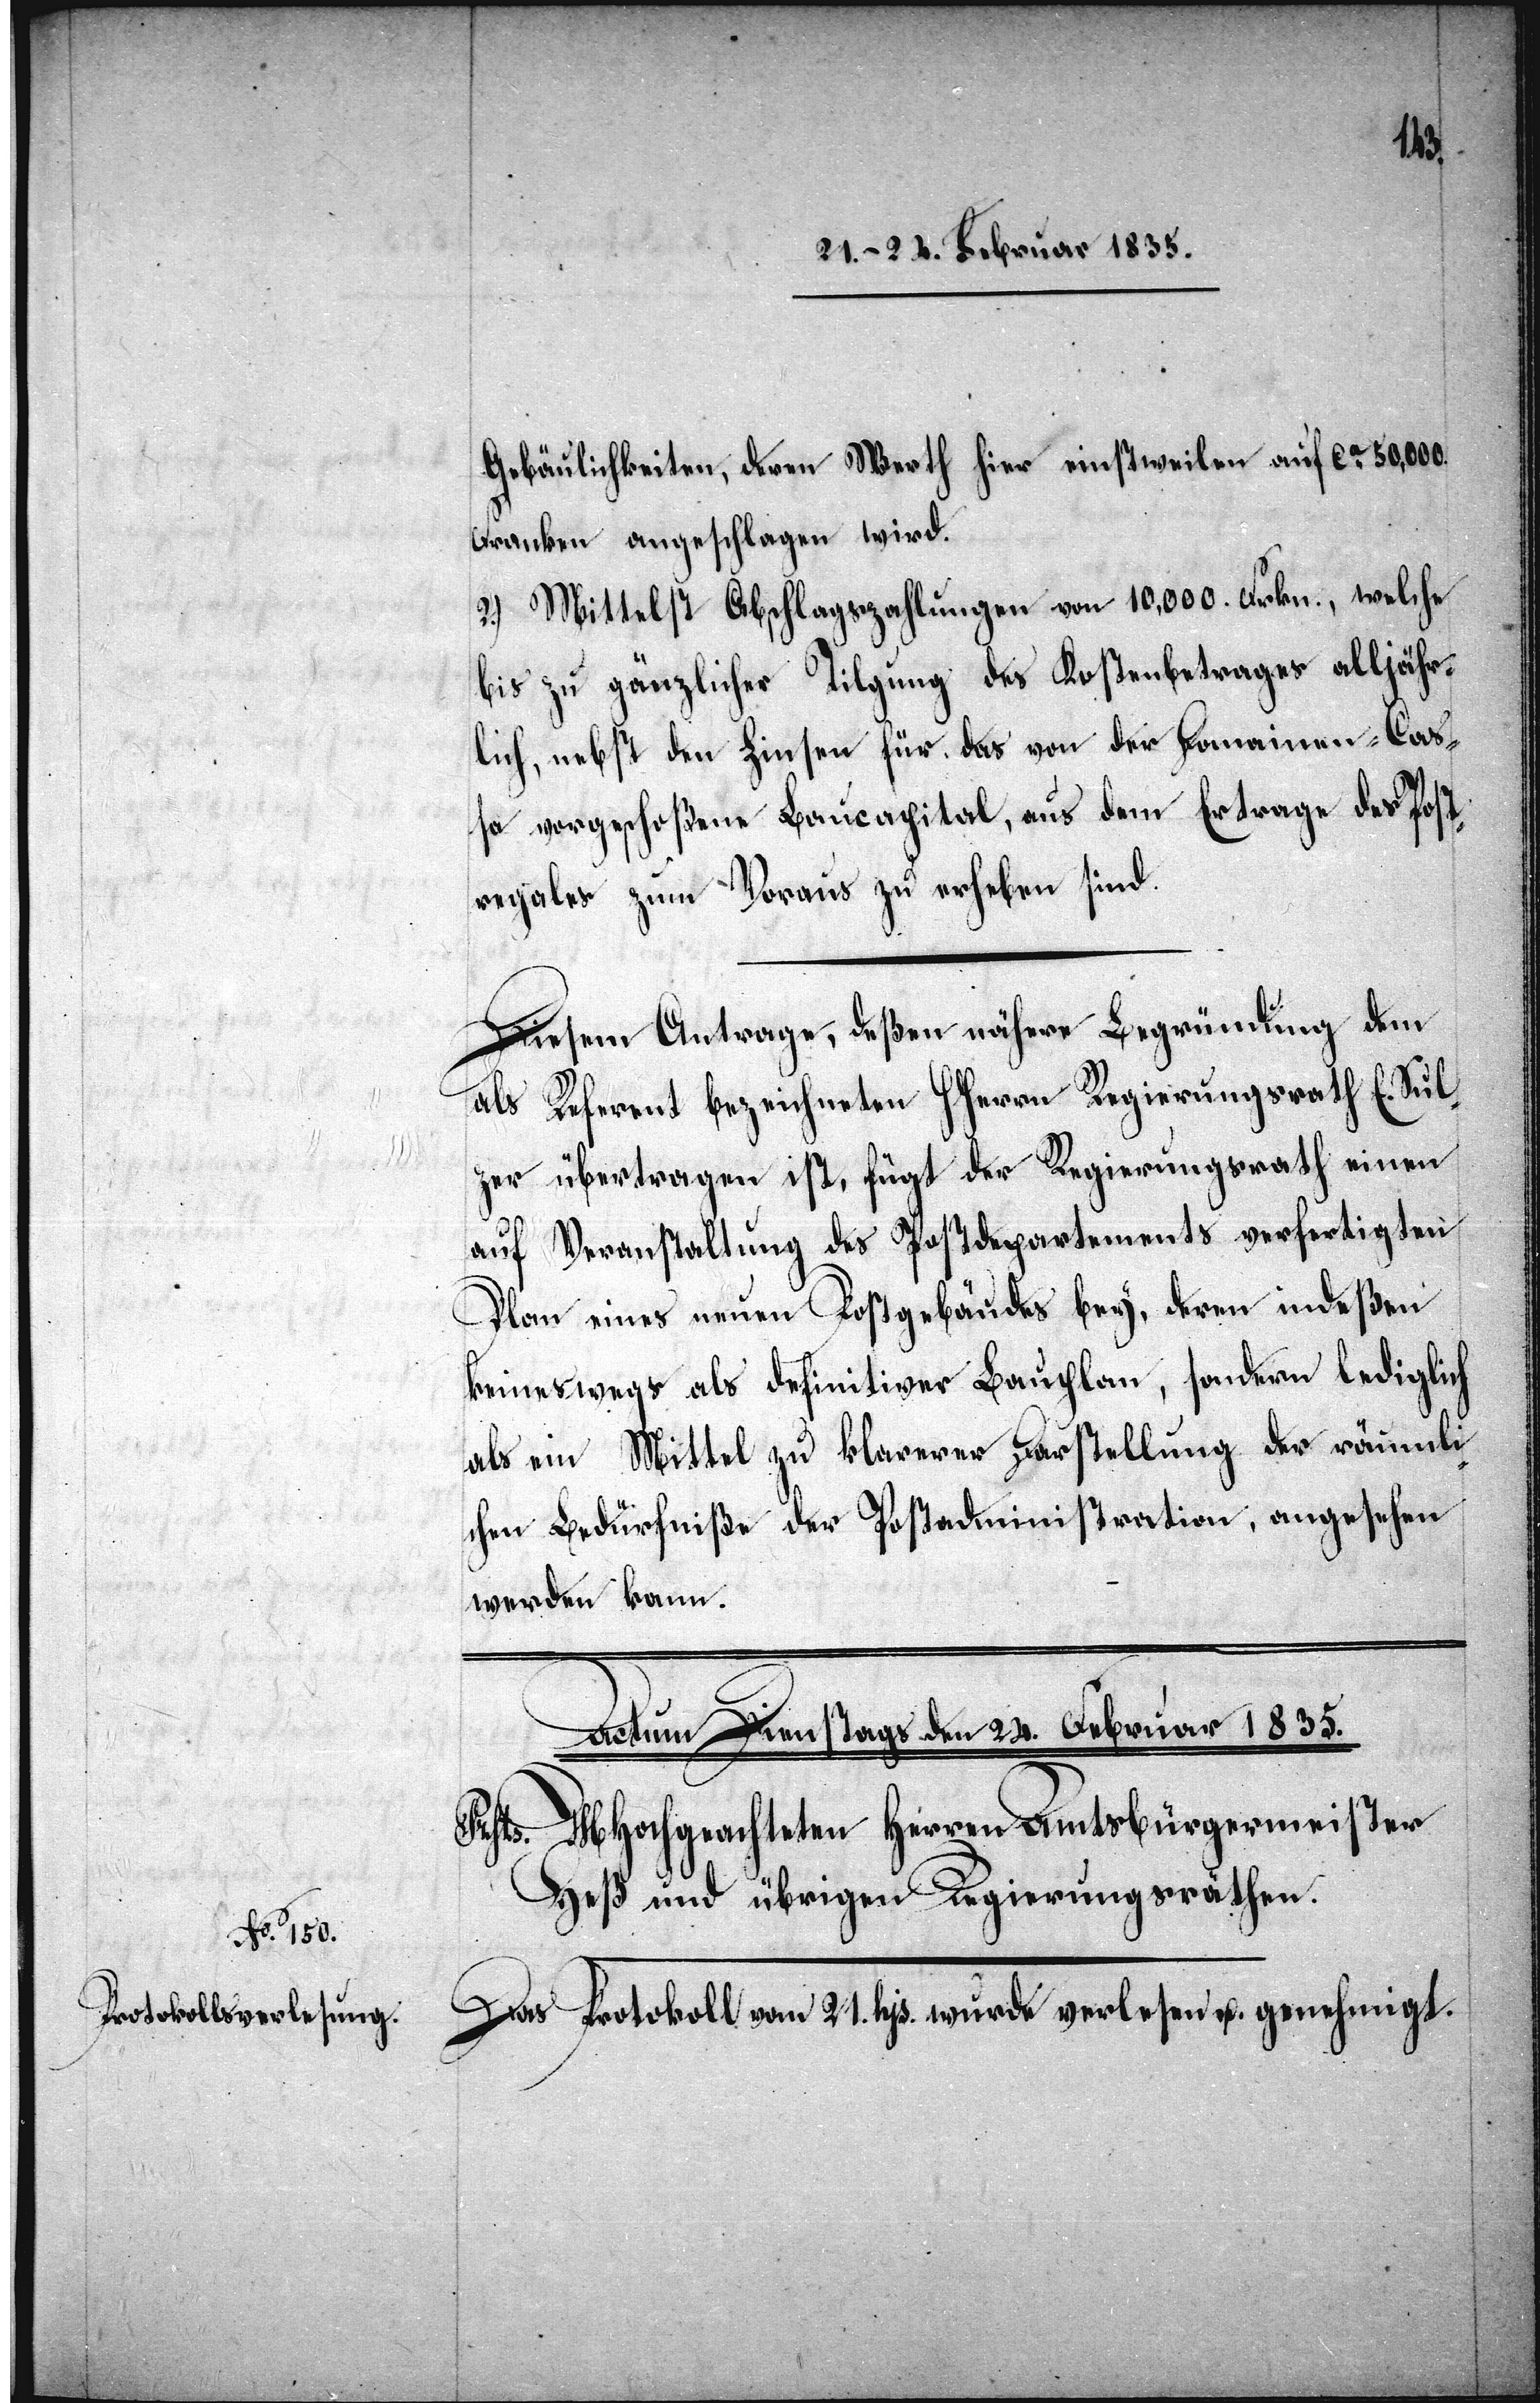
Gebäulichkeiten, deren Werth hier einstweilen auf ca 50,000
Franken angeschlagen wird.
2.) Mittelst Abschlagszahlungen von 10,000 Frkn., welche
bis zu gänzlicher Tilgung des Kostenbetrages alljähr¬
lich, nebst den Zinsen für das von der Domainen-Ca¬
ßa vorgeschoßene Baucapital, aus dem Ertrage des Post¬
regales zum Voraus zu erheben sind.
Diesem Antrage, deßen nähere Begründung dem
als Referent bezeichneten HHerrn Regierungsrath E. Sul¬
zer übertragen ist, fügt der Regierungsrath einen
auf Veranstaltung des Postdepartements verfertigten
Plan eines neuen Postgebäudes bey, deren [sic!]
keineswegs als definitiver Bauplan, sondern lediglich
als ein Mittel zu klarerer Darstellung der räumli¬
chen Bedürfniße der Postadministration, angesehen
werden kann.
________________________
Das Protokoll vom 21. hjs. wurde verlesen u. genehmigt.